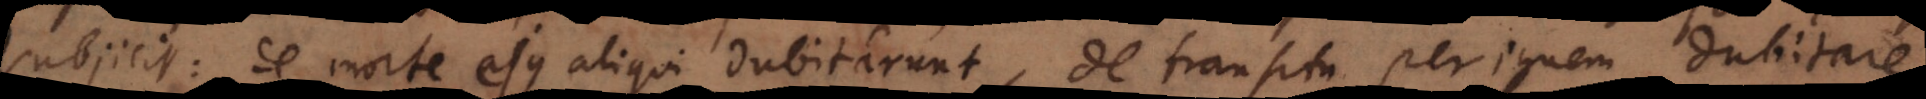
subjicit: de morte ejus aliqui dubitarunt, de transitu per ignem dubitare